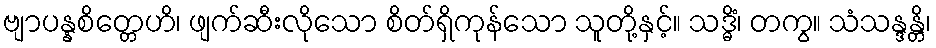
ဗျာပန္နစိတ္တေဟိ၊ ဖျက်ဆီးလိုသော စိတ်ရှိကုန်သော သူတို့နှင့်။ သဒ္ဓိံ၊ တကွ။ သံသန္ဒန္တိ၊